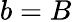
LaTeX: b=B